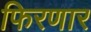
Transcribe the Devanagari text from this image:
फिरणार